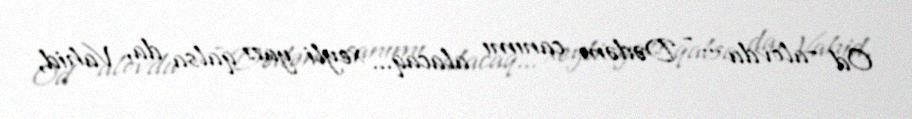
Od –alovdu ... - Dədəm canımı alacaq... xeyli yazı qalsa da, Vahid,